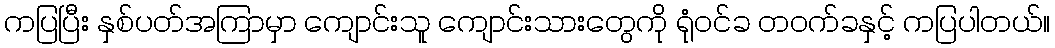
ကပြပြီး နှစ်ပတ်အကြာမှာ ကျောင်းသူ ကျောင်းသားတွေကို ရုံဝင်ခ တဝက်ခနှင့် ကပြပါတယ်။